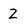
Character: Z